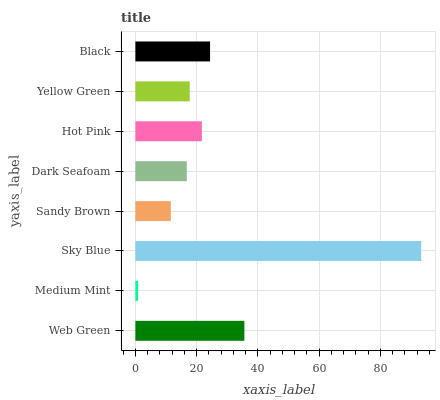
| yaxis_label | bars |
 | --- | --- |
 | Web Green | 35.6 |
 | Medium Mint | 0.911 |
 | Sky Blue | 93.3 |
 | Sandy Brown | 11.6 |
 | Dark Seafoam | 16.8 |
 | Hot Pink | 21.7 |
 | Yellow Green | 17.7 |
 | Black | 24.4 |